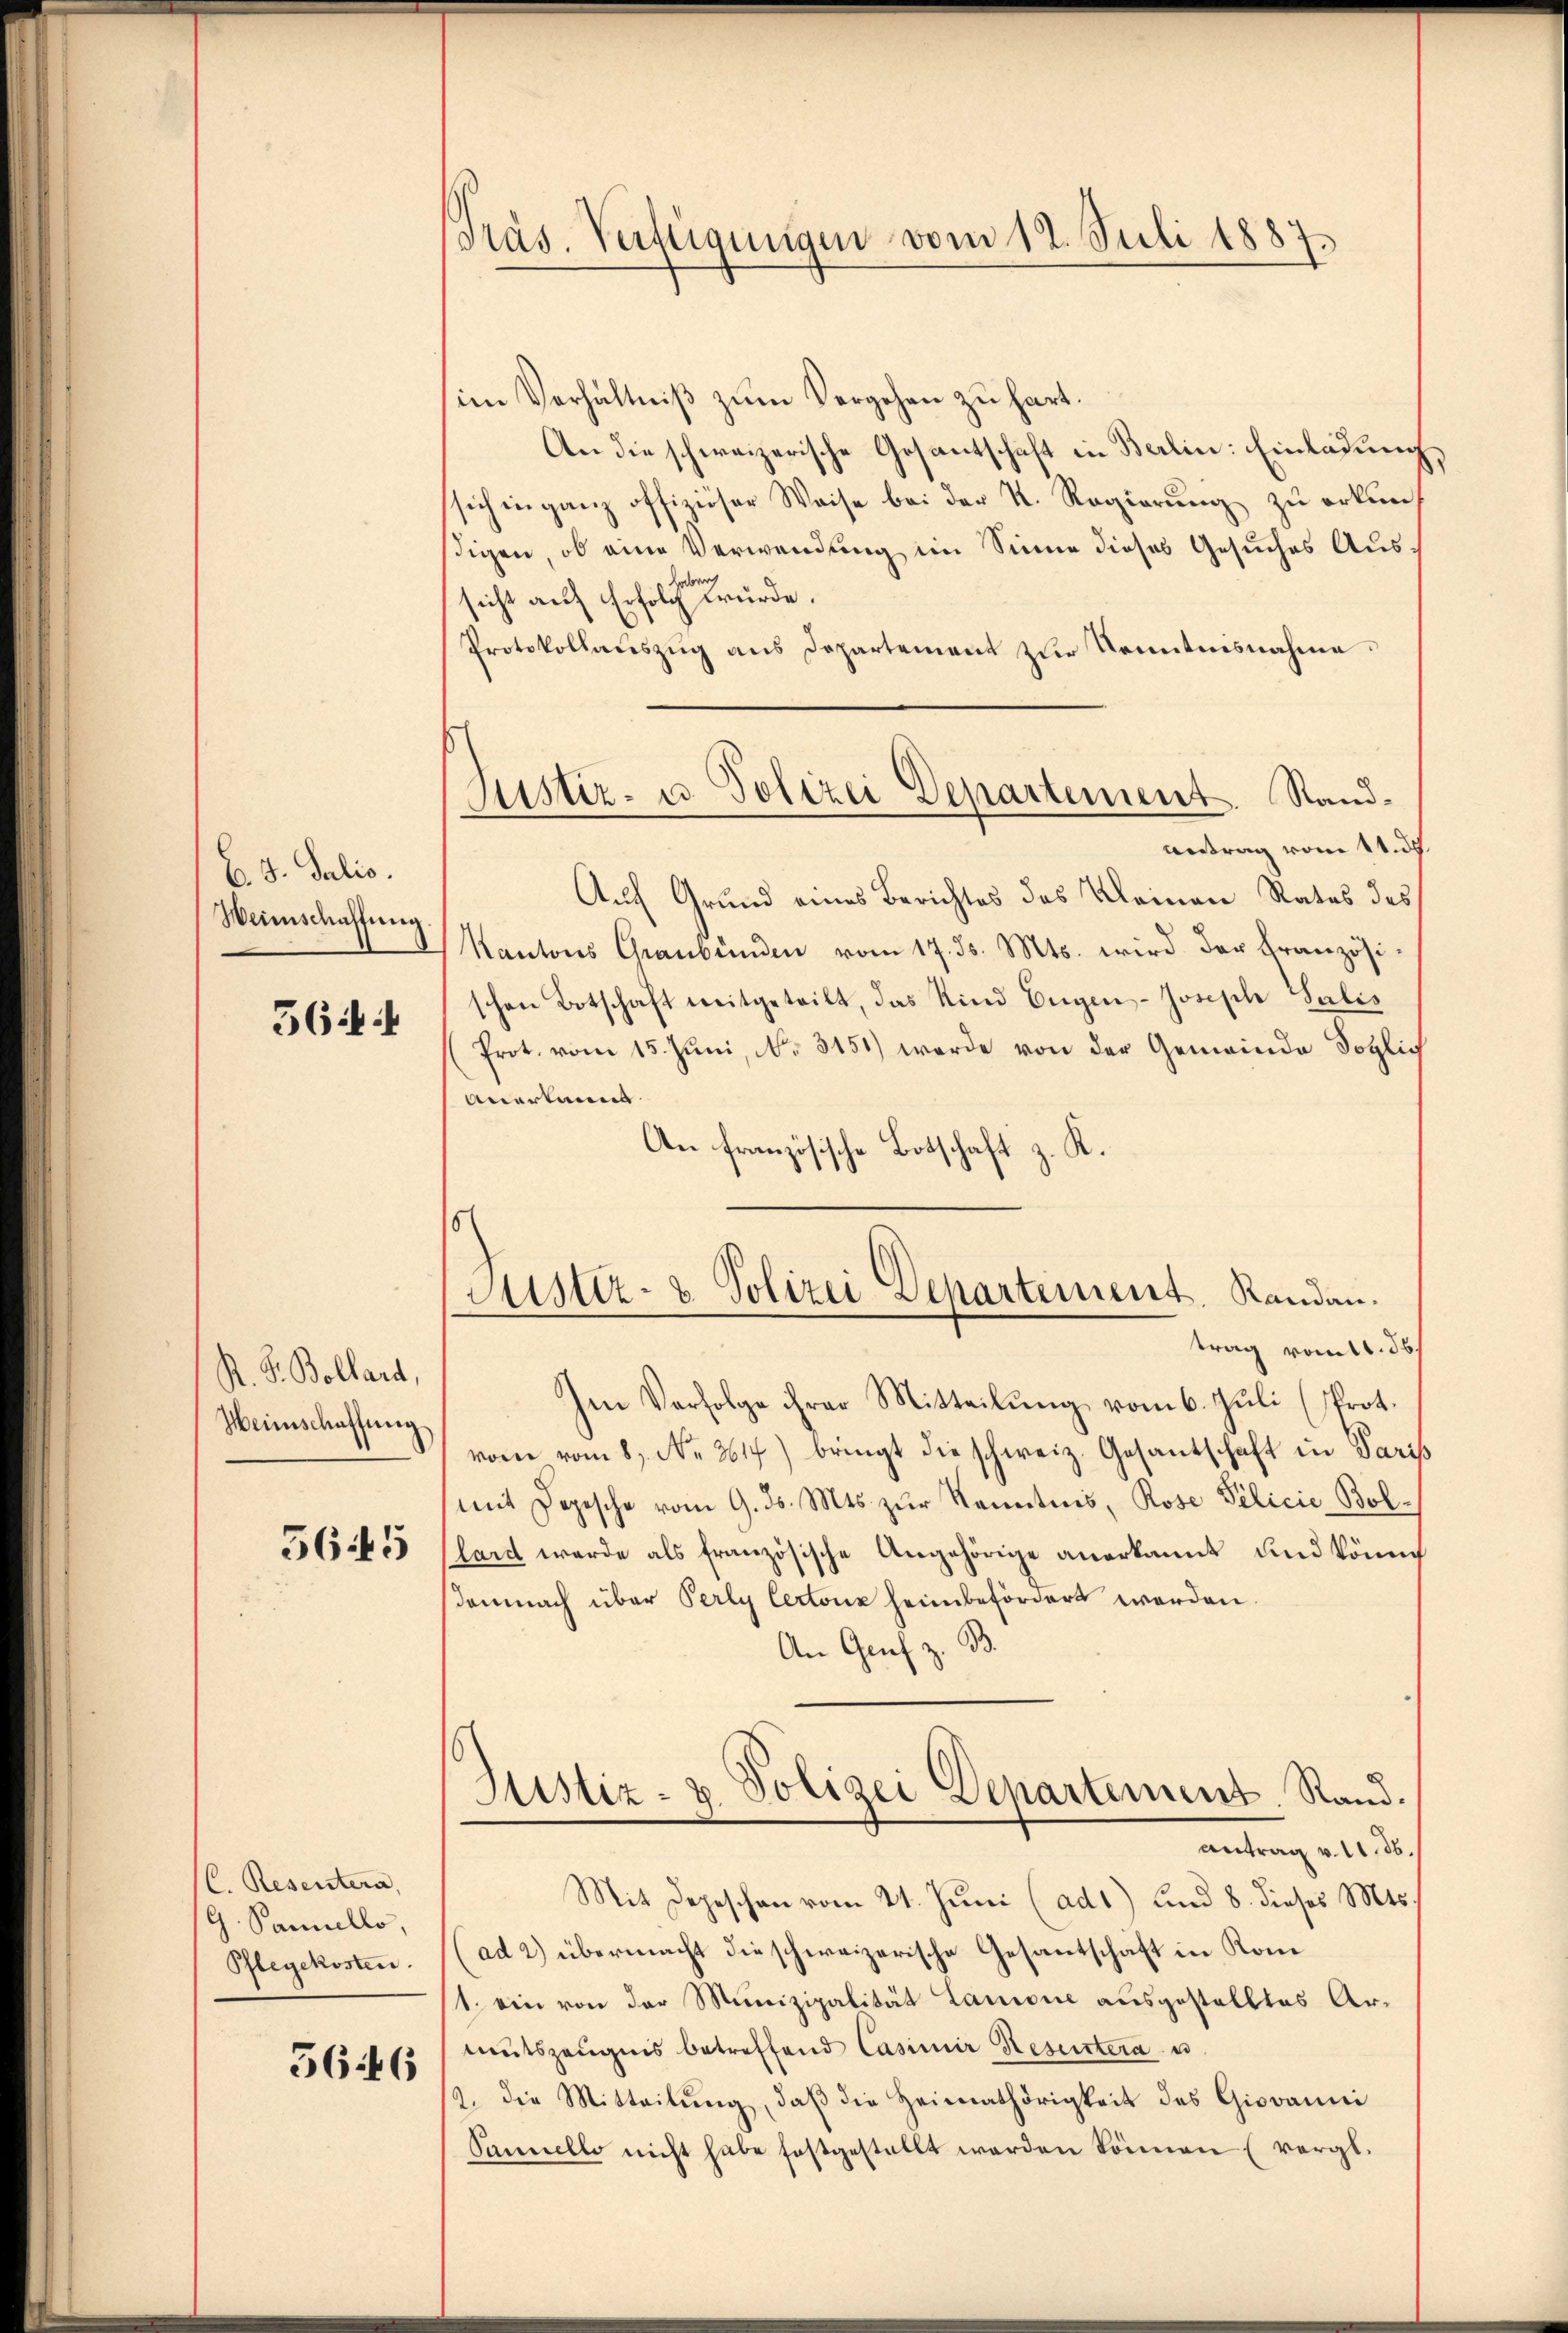
B. 3. Julio.
Weinschaffung.

564:

R. P. Bollard,
Heinschaffung

565

C. Resentera,
G. Sanello,
Pflegekosten.

5646

Präs. Verfügungen vom 12. Juli 1887

s
Justiz- u. Polizei Departement. Stand¬

im Verhältniß zum Vergehen zu hart.
An die schweizerische Gesantschaft in Berlin: Einladung
sich in ganz offiziöser Weise bei der K. Regierung zu erkundigen, ob eine Verwendung im Sinne dieses Gesuches Ausder
sicht auf Erfolg würde.
Protokollauszug aus Departement zur Kenntnisnahme.
Antrag vom 11. ds.
Auf Grund eines Berichtes des Kleinen Rates des
Kantons Graubünden vom 17. d. Mts. wird der Französi-
schen Botschaft mitgeteilt, das Kind Eigen- Joseph Salis
Prot. vom 15. Jŭni, No. 3151) werde von der Gemeinde Soglich
Anerkannt.
An französische Botschaft z. K.
trag vom 1. 56
Im Verfolge ihrer Mitteilung vom 6. Juli (sprot.
vone vom 8. No. 2617) bringt die schweiz. Gesantschaft in Paris
mit Depesche vom 9. ds. Mts. zur Kenntnis, Rose Pelicie Bol¬
Plard werde als französische Angehörige anerkannt und könne
demnach über Perly Certonz heimbefördert werden.
An Genf z. B.
Justiz- u. Polizei Departement. Rand.
antrag v. 11. ds.
Mit Depeschen vom 21. Juni (ad1) und 8. dieses Mts.
ad 2.) übermacht die schweizerische Gesantschaft in Kom¬
1. ein von der Munizipalität Lanione ausgestelltes Armutszeŭgnis betreffend Casimir Resertera u
9. die Mitteilung, daß die Heimathörigkeit des Giovanni
Pannello nicht habe festgestellt werden können (vorgt.

o
Justiz- & Polizei Departement. Randan¬